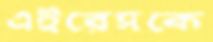
এইরেসকে